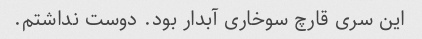
این سری قارچ سوخاری آبدار بود. دوست نداشتم.